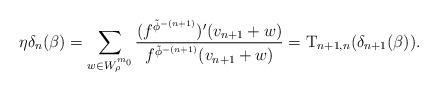
LaTeX: \begin{align*}\eta \delta_n(\beta) = \sum_{w \in W_{\rho}^{m_0}} \dfrac{(f^{\tilde{\phi}^{-(n+1)}})'(v_{n+1} +w)}{f^{\tilde{\phi}^{-(n+1)}}(v_{n+1} +w)} = \operatorname{T}_{n+1,n} (\delta_{n+1}(\beta)).\end{align*}